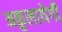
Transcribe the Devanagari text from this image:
अकुलायेगी